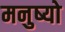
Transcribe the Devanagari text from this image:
मनुष्‍यो